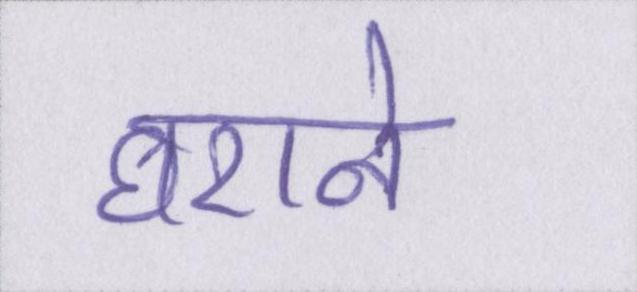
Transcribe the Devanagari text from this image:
घराने